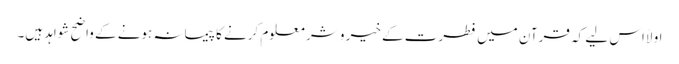
اولاً اس لیے کہ قرآن میں فطرت کے خیر و شر معلوم کرنے کا پیمانہ ہونے کے واضح شواہد ہیں۔